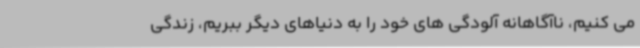
می کنیم، ناآگاهانه آلودگی های خود را به دنیاهای دیگر ببریم، زندگی